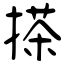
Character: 搽